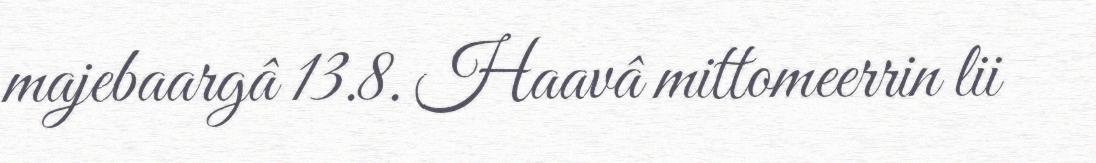
majebaargâ 13.8. Haavâ mittomeerrin lii